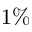
1 \%